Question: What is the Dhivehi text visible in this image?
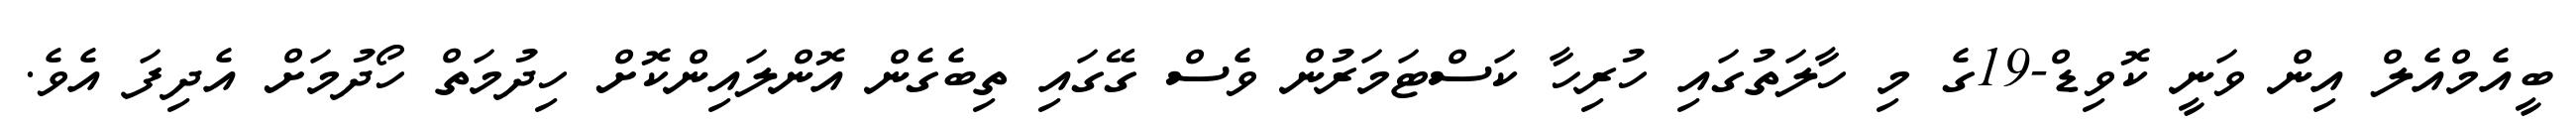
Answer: ބީއެމްއެލް އިން ވަނީ ކޮވިޑް-19ގެ މި ހާލަތުގައި ހުރިހާ ކަސްޓަމަރުން ވެސް ގޭގައި ތިބެގެން އޮންލައިންކޮށް ހިދުމަތް ހޯދުމަށް އެދިފަ އެވެ.